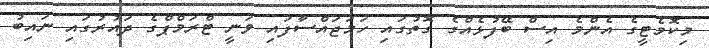
މިކޮމެޓީގެ އެންމެ އިސް ބޭފުޅެއްގެ ގޮތުގައި ހަމަޖައްސާފައި ވަނީ ޓްރަމްޕްގެ ދައުރުގައި ނައިބު